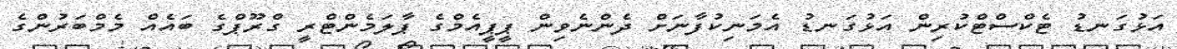
އަޅުގަނޑު ޓެކްސްޓްކުރިން އަޅުގަނޑު އެމަނިކުފާނަށް ދެންނެވިން ޕީޕީއެމްގެ ޕާލަމެންޓްރީ ގްރޫޕްގެ ބައެއް މެމްބަރުންގެ